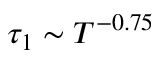
\tau _ { 1 } \sim T ^ { - 0 . 7 5 }